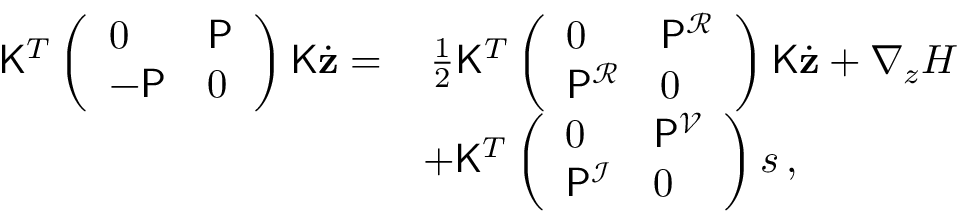
\begin{array} { r l } { \mathsf { K } ^ { T } \left( \begin{array} { l l } { 0 } & { \mathsf { P } } \\ { - \mathsf { P } } & { 0 } \end{array} \right) \mathsf { K } \dot { \mathbf { z } } = } & { \, \frac { 1 } { 2 } \mathsf { K } ^ { T } \left( \begin{array} { l l } { 0 } & { \mathsf { P } ^ { \mathcal { R } } } \\ { \mathsf { P } ^ { \mathcal { R } } } & { 0 } \end{array} \right) \mathsf { K } \dot { \mathbf { z } } + \nabla _ { z } H } \\ & { + \mathsf { K } ^ { T } \left( \begin{array} { l l } { 0 } & { \mathsf { P } ^ { \mathcal { V } } } \\ { \mathsf { P } ^ { \mathcal { I } } } & { 0 } \end{array} \right) \boldsymbol { s } \, , } \end{array}